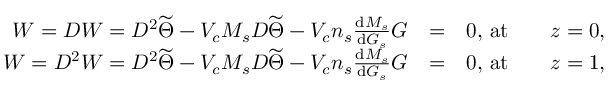
\begin{array} { r l r } { W = D W = D ^ { 2 } \widetilde { \Theta } - V _ { c } M _ { s } D \widetilde { \Theta } - V _ { c } n _ { s } \frac { \ensuremath { \mathrm { d } } M _ { s } } { \ensuremath { \mathrm { d } } G _ { s } } G } & { = } & { 0 , \, \mathrm { a t } \qquad z = 0 , } \\ { W = D ^ { 2 } W = D ^ { 2 } \widetilde { \Theta } - V _ { c } M _ { s } D \widetilde { \Theta } - V _ { c } n _ { s } \frac { \ensuremath { \mathrm { d } } M _ { s } } { \ensuremath { \mathrm { d } } G _ { s } } G } & { = } & { 0 , \, \mathrm { a t } \qquad z = 1 , } \end{array}